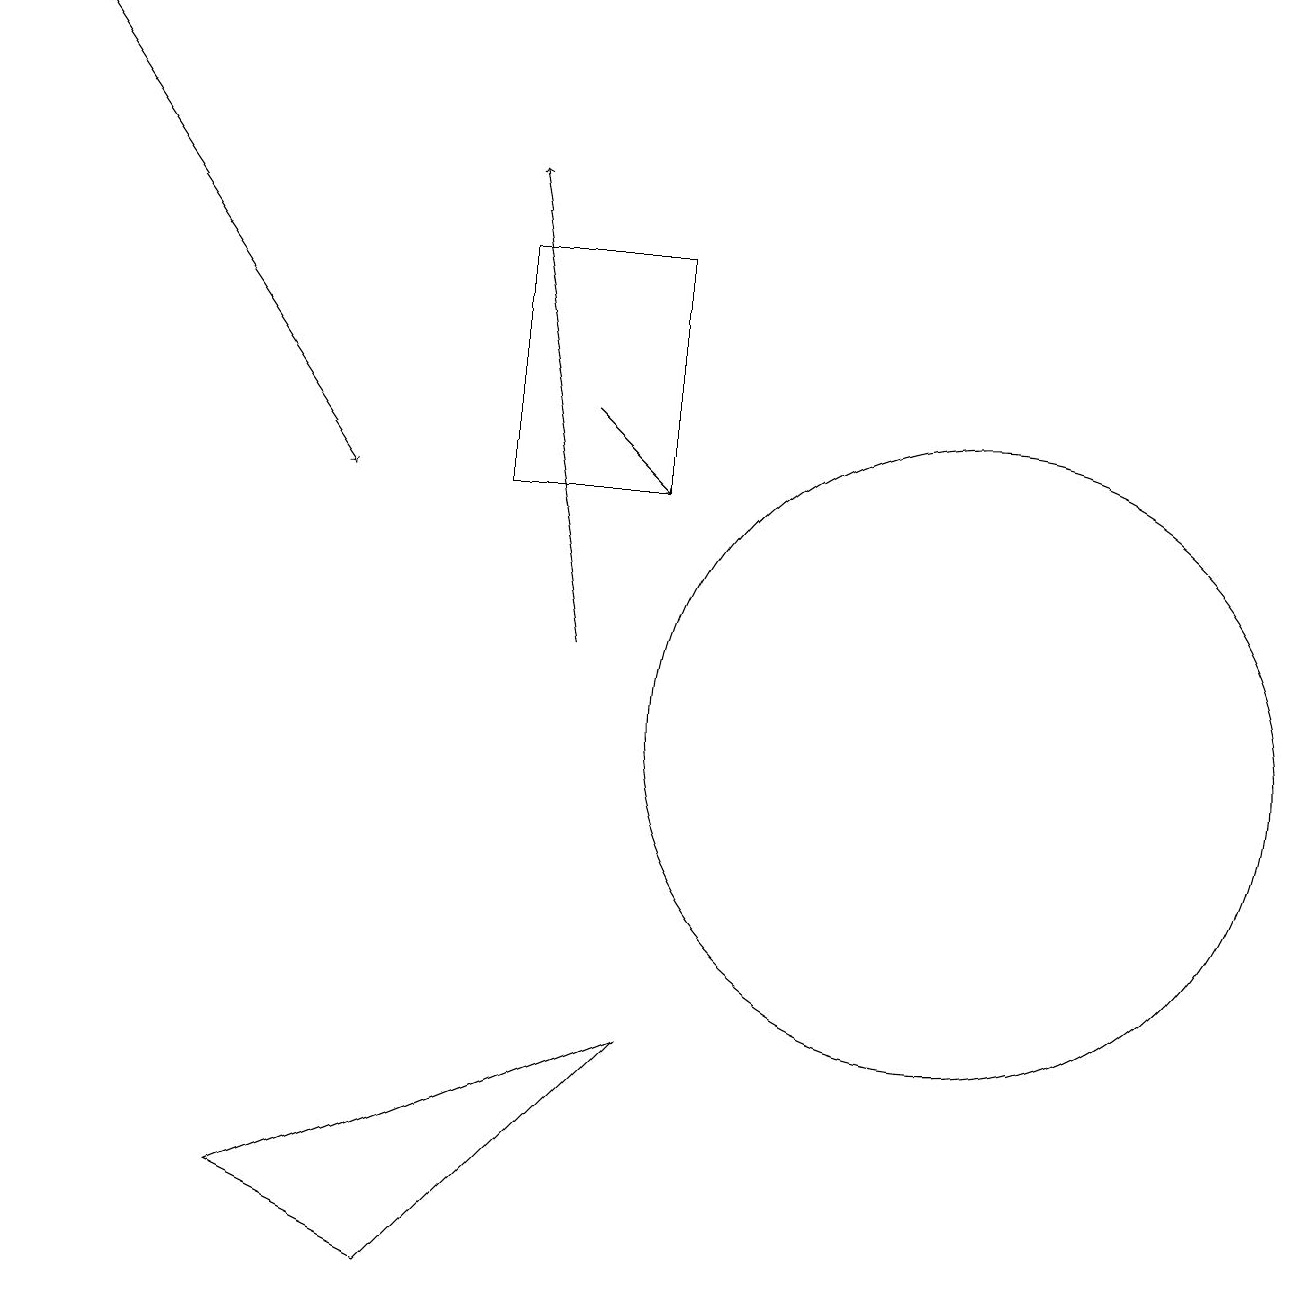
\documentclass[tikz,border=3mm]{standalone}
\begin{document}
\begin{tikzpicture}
\draw (5,3) -- (8,6) -- (3,4) -- cycle;
\draw[->] (0,19) -- (4,13);
\draw (8,16) rectangle (6,13);
\draw (12,10) circle (4);
\draw[->] (7,14) -- (8,13);
\draw[->] (7,11) -- (6,17);
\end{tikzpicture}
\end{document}